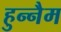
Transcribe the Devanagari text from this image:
हुन्नैम